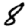
Digit: 8